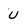
Character: U